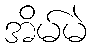
အိမ်မဲ